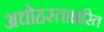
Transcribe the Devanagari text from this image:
अधोहस्ताक्षरित